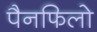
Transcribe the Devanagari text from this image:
पैनफिलो